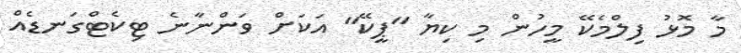
މާ މޮޅު ފިލްމެކޭ މީހުން މި ކިޔާ "ޕީކޭ" އަކަށް ވަންނާނެ ޓިކެޓްގަނޑެއް